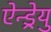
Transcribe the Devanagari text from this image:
ऐन्ड्रेयु